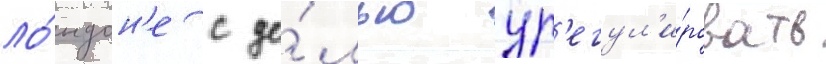
ло́ндон'е с це́лью ур'егул'и́ровать